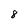
Character: 8